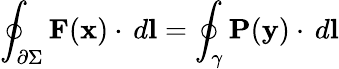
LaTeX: \oint_{\partial\Sigma}{\mathbf{F}(\mathbf{x})\cdot\, d\mathbf{l}}=\oint_{\gamma}{\mathbf{P}(\mathbf{y})\cdot\, d\mathbf{l}}